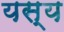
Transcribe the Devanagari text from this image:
यस्‍य